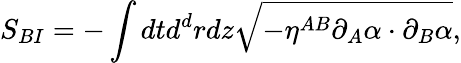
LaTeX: S_{BI}=-\int dtd^{d}rdz\sqrt{-\eta^{AB}\partial_{A}\alpha\cdot\partial_{B}\alpha},